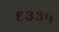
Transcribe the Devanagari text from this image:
६३३५